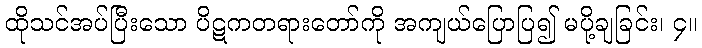
ထိုသင်အပ်ပြီးသော ပိဋကတရားတော်ကို အကျယ်ပြောပြ၍ မပို့ချခြင်း၊ ၄။